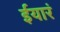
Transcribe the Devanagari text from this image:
ईयारं